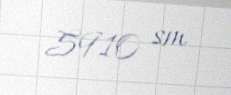
5910 sm